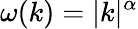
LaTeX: \omega(k)=|k|^{\alpha}